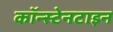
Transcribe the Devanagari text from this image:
कॉन्स्टेनटाइन